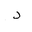
Letter: _dal